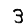
Digit: 3